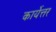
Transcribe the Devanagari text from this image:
कार्येत्तर